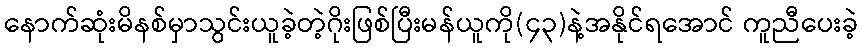
နောက်ဆုံးမိနစ်မှာသွင်းယူခဲ့တဲ့ဂိုးဖြစ်ပြီးမန်ယူကို(၄၃)နဲ့အနိုင်ရအောင် ကူညီပေးခဲ့